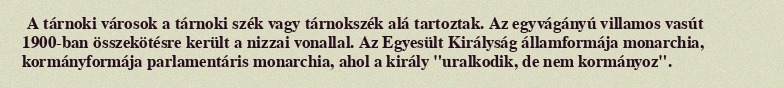
A tárnoki városok a tárnoki szék vagy tárnokszék alá tartoztak. Az egyvágányú villamos vasút 1900-ban összekötésre került a nizzai vonallal. Az Egyesült Királyság államformája monarchia, kormányformája parlamentáris monarchia, ahol a király "uralkodik, de nem kormányoz".